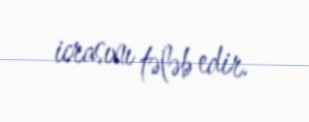
icrasını tələb edir.